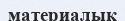
материалық